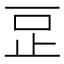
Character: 𣥔